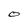
Character: O